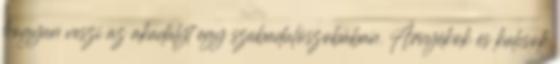
hogyan veszi az akadályt egy szabadulószobában. Árnyékok és kulcsok